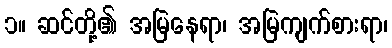
၁။ ဆင်တို့၏ အမြဲနေရာ၊ အမြဲကျက်စားရာ၊